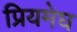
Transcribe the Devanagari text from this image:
प्रियमेघ